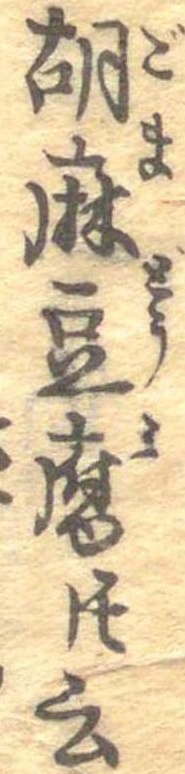
胡麻豆腐トモ云